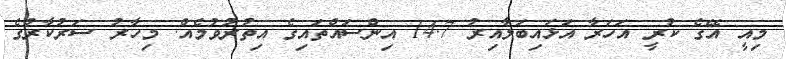
މިއީ އޭގެ ކުރީ އަހަރާ އަޅައިބަލާއިރު 14.7 އިންސައްތައިގެ އިތުރުވުމެއް. މިހާރު ސަރުކާރުގެ